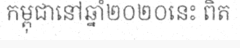
កម្ពុជានៅឆ្នាំ២០២០នេះ ពិត